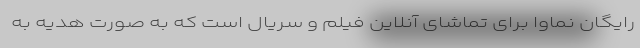
رایگان نماوا برای تماشای آنلاین فیلم و سریال است که به صورت هدیه به